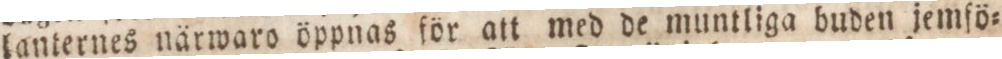
lanternes närwaro öppnas för att med de muntliga buden jemfö=